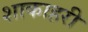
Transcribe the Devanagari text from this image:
शाकाहरी